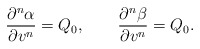
\begin{align*} \frac{\partial^n\alpha}{\partial v^n}=Q_0,\qquad\frac{\partial^n\beta}{\partial v^n}=Q_0.\end{align*}